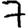
Digit: 7